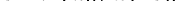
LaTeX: \smash{\upsilon\to(a_{0}/a)^{2}\upsilon_{0}}